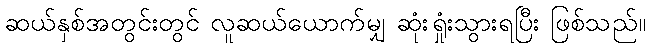
ဆယ်နှစ်အတွင်းတွင် လူဆယ်ယောက်မျှ ဆုံးရှုံးသွားရပြီး ဖြစ်သည်။